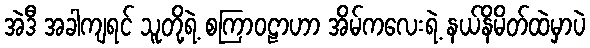
အဲဒီ အခါကျရင် သူတို့ရဲ့ စကြာဝဠာဟာ အိမ်ကလေးရဲ့ နယ်နိမိတ်ထဲမှာပဲ